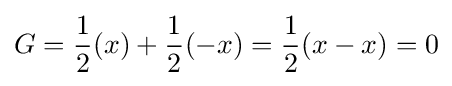
G={1 \over 2}(x)+{1 \over 2}(-x)={1 \over 2}(x-x)=0